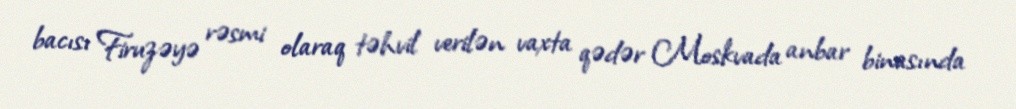
bacısı Firuzəyə rəsmi olaraq təhvil verilən vaxta qədər Moskvada anbar binasında